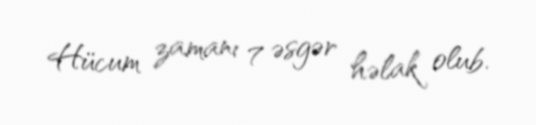
Hücum zamanı 7 əsgər həlak olub.